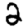
Digit: 2